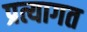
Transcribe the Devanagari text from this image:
प्रत्यागत